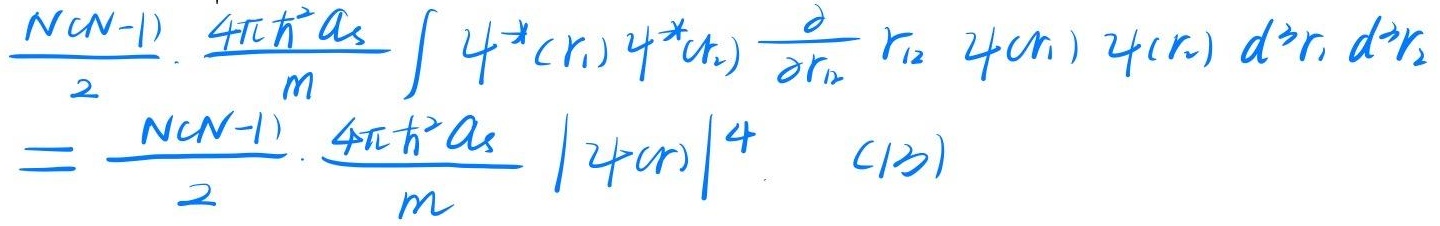
\[\begin{align*}
&\frac{N(N - 1)}{2} \cdot \frac{4\pi\hbar^{2}a_{s}}{m} \int \psi^{*}(\mathbf{r}_{1})\psi^{*}(\mathbf{r}_{2})\frac{\partial}{\partial r_{12}}r_{12}\psi(\mathbf{r}_{1})\psi(\mathbf{r}_{2})\mathrm{d}^{3}\mathbf{r}_{1}\mathrm{d}^{3}\mathbf{r}_{2}\\
=&\frac{N(N - 1)}{2} \cdot \frac{4\pi\hbar^{2}a_{s}}{m}|\psi(\mathbf{r})|^{4}\quad(13)
\end{align*}\]